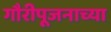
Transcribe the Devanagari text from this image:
गौरीपूजनाच्या